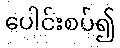
ပေါင်းစပ်၍